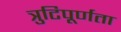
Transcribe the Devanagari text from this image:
त्रुटिपूर्णता